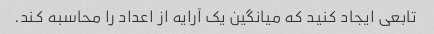
تابعی ایجاد کنید که میانگین یک آرایه از اعداد را محاسبه کند.